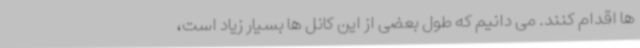
ها اقدام کنند. می دانیم که طول بعضی از این کانل ها بسیار زیاد است،